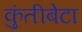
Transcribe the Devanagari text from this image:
कुंतीबेटा